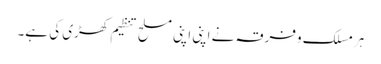
ہرمسلک وفرقہ نے اپنی اپنی مسلح تنظیم کھڑی کی ہے۔